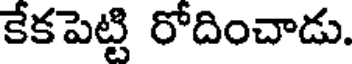
కేకపెట్టి రోదించాడు.